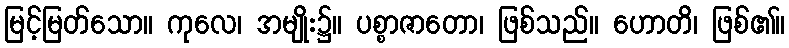
မြင့်မြတ်သော။ ကုလေ၊ အမျိုး၌။ ပစ္စာဇာတော၊ ဖြစ်သည်။ ဟောတိ၊ ဖြစ်၏။